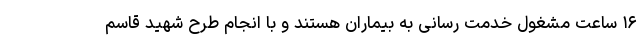
۱۶ ساعت مشغول خدمت رسانی به بیماران هستند و با انجام طرح شهید قاسم